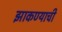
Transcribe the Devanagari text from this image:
झाकण्याची